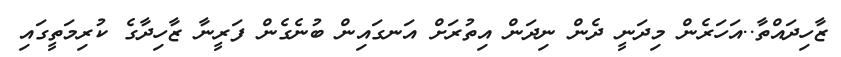
ޒާހިދައްތާ..އަހަރެން މިދަނީ ދެން ނިދަން އިތުރަށް އަނގައިން ބުނެގެން ފަރީނާ ޒާހިދާގެ ކުރިމަތީގައި